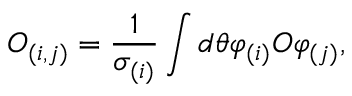
O _ { ( i , j ) } = \frac { 1 } { \sigma _ { ( i ) } } \int d \theta \varphi _ { ( i ) } O \varphi _ { ( j ) } ,